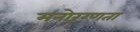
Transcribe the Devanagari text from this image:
मनोरूग्णता